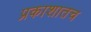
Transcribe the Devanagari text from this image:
प्रकाशातच